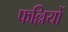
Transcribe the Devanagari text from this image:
फल्लियों